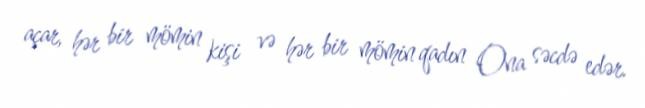
açar, hər bir mömin kişi və hər bir mömin qadın Ona səcdə edər.